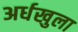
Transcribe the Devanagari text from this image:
अर्धखुला